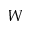
W